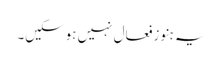
یہ ہنو زفعال نہیں ہوسکیں۔